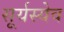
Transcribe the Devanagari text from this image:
सूर्यस्येव